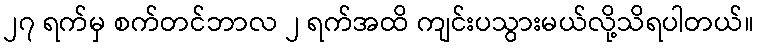
၂၇ ရက်မှ စက်တင်ဘာလ ၂ ရက်အထိ ကျင်းပသွားမယ်လို့သိရပါတယ်။